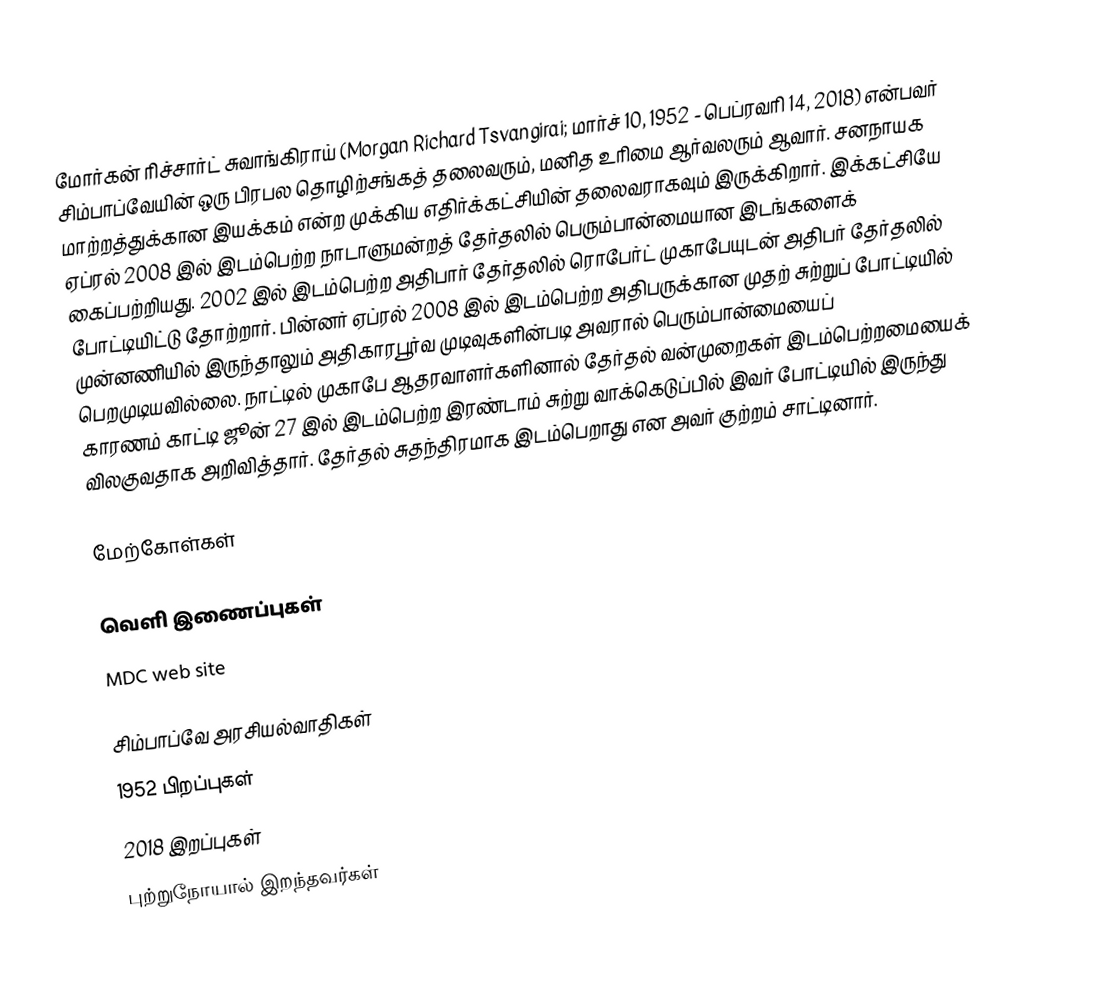
மோர்கன் ரிச்சார்ட் சுவாங்கிராய் (Morgan Richard Tsvangirai;  மார்ச் 10, 1952 - பெப்ரவரி 14, 2018) என்பவர் சிம்பாப்வேயின் ஒரு பிரபல தொழிற்சங்கத் தலைவரும், மனித உரிமை ஆர்வலரும் ஆவார். சனநாயக மாற்றத்துக்கான இயக்கம் என்ற முக்கிய எதிர்க்கட்சியின் தலைவராகவும் இருக்கிறார். இக்கட்சியே ஏப்ரல் 2008 இல் இடம்பெற்ற நாடாளுமன்றத் தேர்தலில் பெரும்பான்மையான இடங்களைக் கைப்பற்றியது. 2002 இல் இடம்பெற்ற அதிபார் தேர்தலில் ரொபேர்ட் முகாபேயுடன் அதிபர் தேர்தலில் போட்டியிட்டு தோற்றார். பின்னர் ஏப்ரல் 2008 இல் இடம்பெற்ற அதிபருக்கான முதற் சுற்றுப் போட்டியில் முன்னணியில் இருந்தாலும் அதிகாரபூர்வ முடிவுகளின்படி அவரால் பெரும்பான்மையைப் பெறமுடியவில்லை. நாட்டில் முகாபே ஆதரவாளர்களினால் தேர்தல் வன்முறைகள் இடம்பெற்றமையைக் காரணம் காட்டி ஜூன் 27 இல் இடம்பெற்ற இரண்டாம் சுற்று வாக்கெடுப்பில் இவர் போட்டியில் இருந்து விலகுவதாக அறிவித்தார். தேர்தல் சுதந்திரமாக இடம்பெறாது என அவர் குற்றம் சாட்டினார்.

மேற்கோள்கள்

வெளி இணைப்புகள்
MDC web site

சிம்பாப்வே அரசியல்வாதிகள்
1952 பிறப்புகள்
2018 இறப்புகள்
புற்றுநோயால் இறந்தவர்கள்